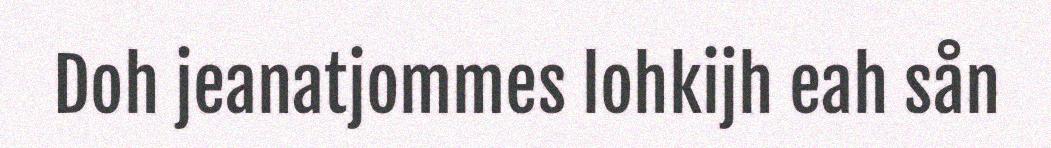
Doh jeanatjommes lohkijh eah sån